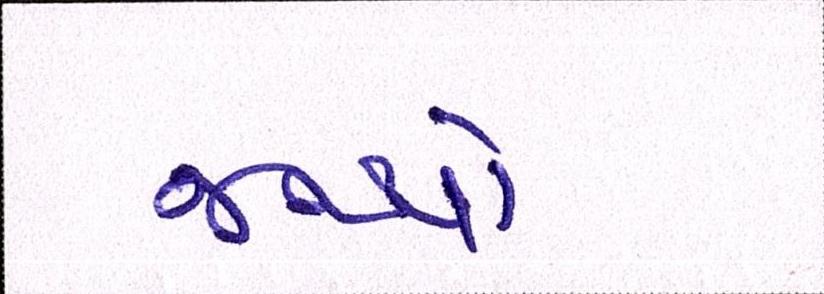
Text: જથ્થો